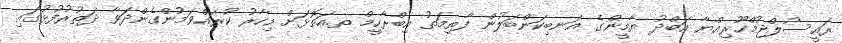
ރައީސުލްޖުމްހޫރިއްޔާ އަބްދު ޔާމީންގެ އަނބިކަންބަލުން ފާތިމަތު އިބްރާހީމް ތ.އަތޮޅަށް މިހާރު ކުރައްވަމުންގެންދަވާ ދަތުރުފުޅުގައި